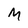
Character: M